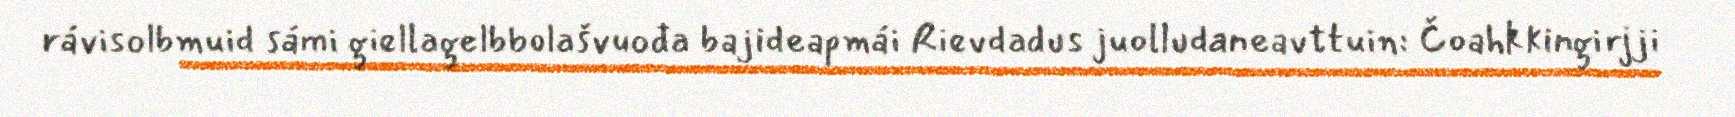
rávisolbmuid sámi giellagelbbolašvuođa bajideapmái Rievdadus juolludaneavttuin: Čoahkkingirjji